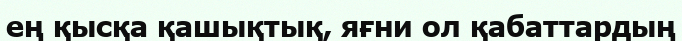
ең қысқа қашықтық, яғни ол қабаттардың